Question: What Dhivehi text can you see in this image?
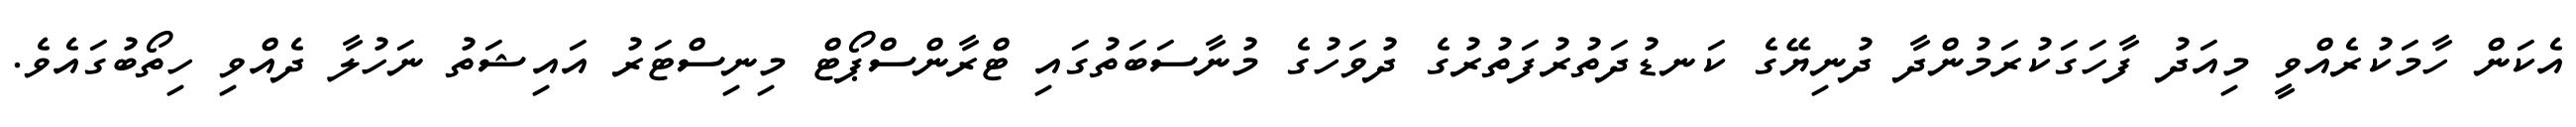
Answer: އެކަން ހާމަކުރެއްވީ މިއަދު ފާހަގަކުރަމުންދާ ދުނިޔޭގެ ކަނޑުދަތުރުފަތުރުގެ ދުވަހުގެ މުނާސަބަތުގައި ޓްރާންސްޕޯޓް މިނިސްޓަރު އައިޝަތު ނަހުލާ ދެއްވި ހިތޯބުގައެވެ.